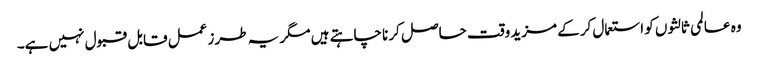
وہ عالمی ثالثوں کو استعمال کرکے مزید وقت حاصل کرنا چاہتے ہیں مگر یہ طرز عمل قابل قبول نہیں ہے۔